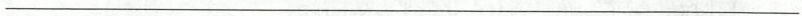
___